Medical and sanitary report of the native army of Madras for the year
Year: 1876
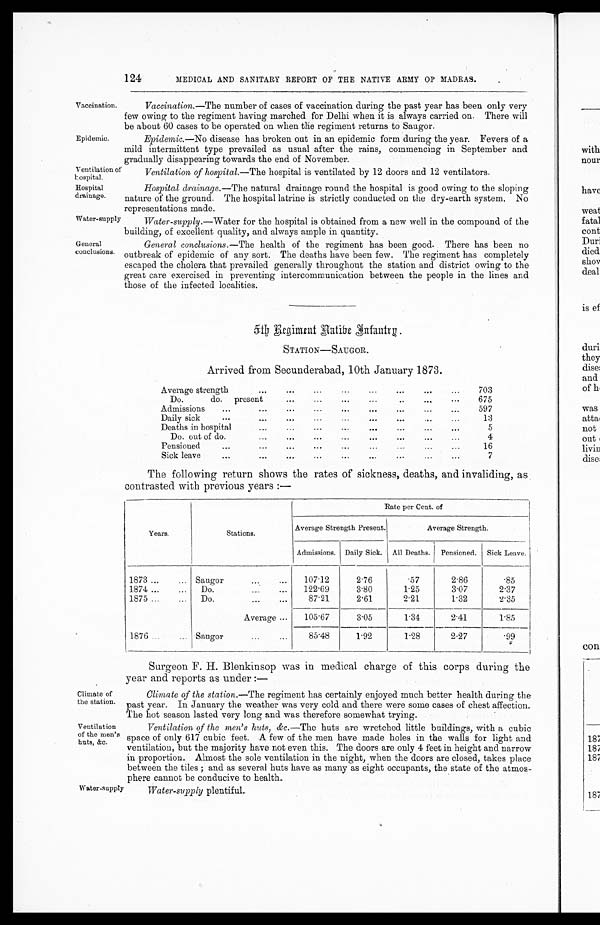
Vaccination.
Epidemic.
Ventilation c
hospital.
Hospital
drainage.
Water-supply
General
conclusions.
124
MEDICAL AND SANITARY REPORT OF THE NATIVE ARMY OP MADRAS.
Vaccination. —The number of cases of vaccination during the past year has been only very
few owing to the regiment having marched for Delhi when it is always carried on. There will
be about 60 cases to be operated on when the regiment returns to Saugor.
Epidemic.—No disease has broken out in an epidemic form during the year. Fevers of a
mild intermittent type prevailed as usual after the rains, commencing in September and
gradually disappearing towards the end of November.
Ventilation of hospital.—The hospital is ventilated by 12 doors and 12 ventilators.
Hospital drainage.—The natural drainage round the hospital is good owing to the sloping
nature of the ground. The hospital latrine is strictly conducted on the dry-earth system. No
representations made
.
Water-supply.—Water for the hospital is obtained from a new well in the compound of the
building, of excellent quality, and always ample in quantity.
General conclusions .—The health of the regiment has been good. There has been no
outbreak of epidemic of any sort The deaths have been few. The regiment has completely
escaped the cholera that prevailed generally throughout the station and district owing to the
great care exercised in preventing intercommunication between the people in the lines and
those of the infected localities.
Climate of
the station.
Ventilation
of the men's
huts, &c.
Water-supply
5 t h R e g i m e n t
N a t i v e I n f a n t r y .
STATION—SAUGOR.
Arrived from Secunderabad, 10th January 1873.
Average strength
. . .
. . .
...
. . .
. . .
...
...
...
703
Do.
do. present
...
...
...
...
..
...
...
675
Admissions
...
...
...
...
...
...
...
...
...
597
Daily sick
...
...
...
...
...
...
...
...
...
13
Deaths in hospital
...
...
...
...
. . .
. . .
...
...
5
Do. out of do.
. . .
...
...
...
...
...
...
...
4
Pensioned
...
. . .
...
. . .
...
...
. . .
...
...
16
Sick leave
...
...
. . .
...
...
...
...
. . .
...
7
The following return shows the rates of sickness, deaths, and invaliding, as
contrasted with previous years :—
Years.
Stations.
Rate per Cent. of
Average Strength Present.
Average Strength.
Admissions. Daily Sick. All Deaths. Pensioned. Sick Leave.
1873 ...
... Saugor ...
...
107.12
2.76
.57
2.86
.85
1874 ...
... Do.
...
...
122.69
3.80
1.25
3.07
2.37
1875 ...
... Do.
87.21
2 . 6 1
2.21
1.32
2.35
Average
. . .
105.67
3.05
1.34
2.41
1.85
1876 ..
.
... Saugor
...
...
85.48
1.92
1.28
2.27
. 9 9
Surgeon F. H. Blenkinsop was in medical charge of this corps during the
year and reports as under :—
Climate of the station.—The regiment has certainly enjoyed much better health during the
past year. In January the weather was very cold and there were some cases of chest affection
. T h e h o t s e a s o n l a s t e d v e r y l o n g a n d w a s t h e r e f o r e s o m e w h a t t r y i n g .
Ventilation of the men's huts, &c.—The huts are wretched little buildings, with a cubic
space of only 617 cubic feet. A few of the men have made holes in the walls for light and
ventilation, but the majority have not even this. The doors are only 4 feet in height and narrow
in proportion. Almost the sole ventilation in the night, when the doors are closed, takes place
between the tiles ; and as several huts have as many as eight occupants, the state of the atmos-
phere cannot be conducive to health.
Water supply plentiful .